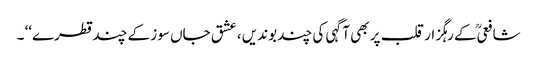
شافعیؒ کے رہگزار قلب پر بھی آگہی کی چند بوندیں ، عشق جاں سوز کے چند قطرے‘‘ ۔